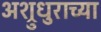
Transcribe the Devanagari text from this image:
अश्रुधुराच्या